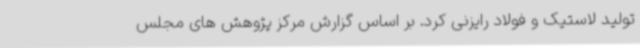
تولید لاستیک و فولاد رایزنی کرد. بر اساس گزارش مرکز پژوهش های مجلس